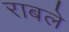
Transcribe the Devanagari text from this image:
राबले